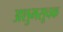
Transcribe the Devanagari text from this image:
अशुभसूचक